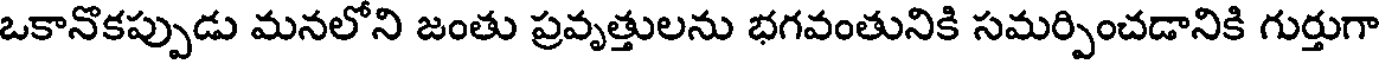
ఒకానొకప్పుడు మనలోని జంతు ప్రవృత్తులను భగవంతునికి సమర్పించడానికి గుర్తుగా